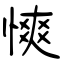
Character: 慡